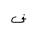
Letter: _fa